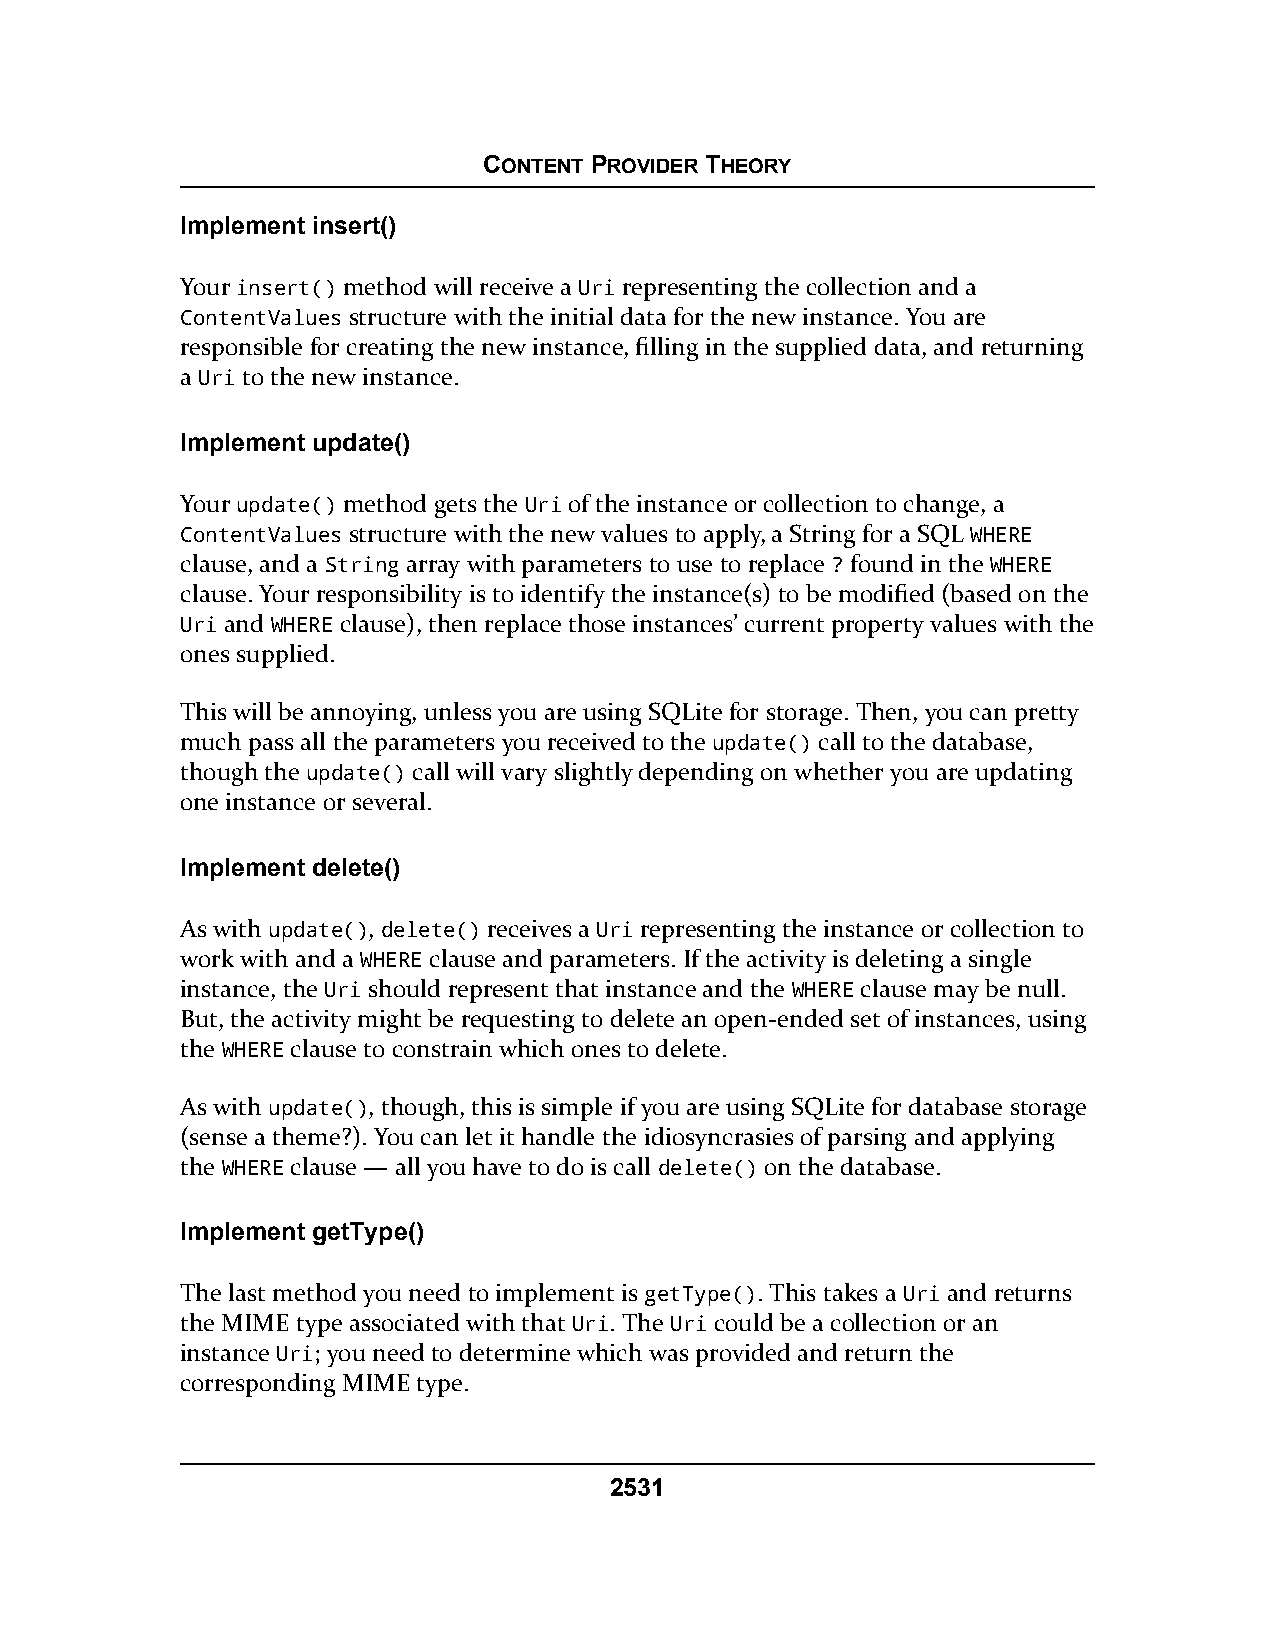
CONTENT PROVIDER THEORY
 Implement insert()
 Your insert() method will receive a Uri representing the collection and a
 ContentValues structure with the initial data for the new instance. You are
 responsible for creating the new instance, filling in the supplied data, and returning
 a Uri to the new instance.
 Implement update()
 Your update() method gets the Uri of the instance or collection to change, a
 ContentValues structure with the new values to apply, a String for a SQL WHERE
 clause, and a String array with parameters to use to replace ? found in the WHERE
 clause. Your responsibility is to identify the instance(s) to be modified (based on the
 Uri and WHERE clause), then replace those instances’ current property values with the
 ones supplied.
 This will be annoying, unless you are using SQLite for storage. Then, you can pretty
 much pass all the parameters you received to the update() call to the database,
 though the update() call will vary slightly depending on whether you are updating
 one instance or several.
 Implement delete()
 As with update(), delete() receives a Uri representing the instance or collection to
 work with and a WHERE clause and parameters. If the activity is deleting a single
 instance, the Uri should represent that instance and the WHERE clause may be null.
 But, the activity might be requesting to delete an open-ended set of instances, using
 the WHERE clause to constrain which ones to delete.
 As with update(), though, this is simple if you are using SQLite for database storage
 (sense a theme?). You can let it handle the idiosyncrasies of parsing and applying
 the WHERE clause — all you have to do is call delete() on the database.
 Implement getType()
 The last method you need to implement is getType(). This takes a Uri and returns
 the MIME type associated with that Uri. The Uri could be a collection or an
 instance Uri; you need to determine which was provided and return the
 corresponding MIME type.
 2531